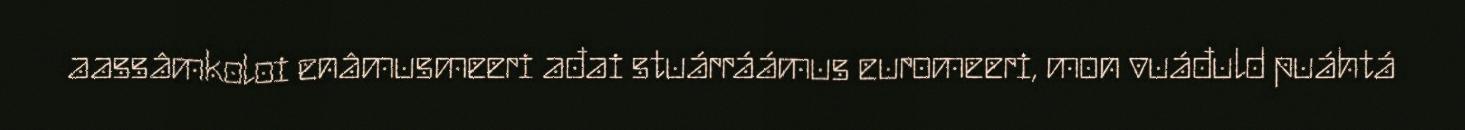
aassâmkoloi enâmusmeeri ađai stuárráámus euromeeri, mon vuáđuld puáhtá